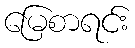
မြေစာရင်း